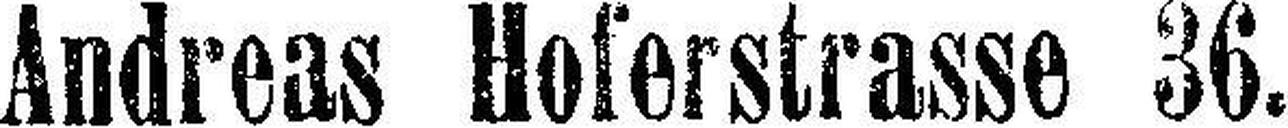
Andreas Hoferstrasse 36.